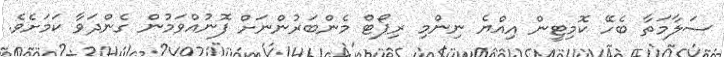
ސަލާމަތާ ބެހޭ ކޮމިޓީން އިއްޔެ ނިންމި ރިޕޯޓް މެންބަރުންނަށް ފޮނުއްވަމުން ގެންދަވާ ކަމަށެވެ.